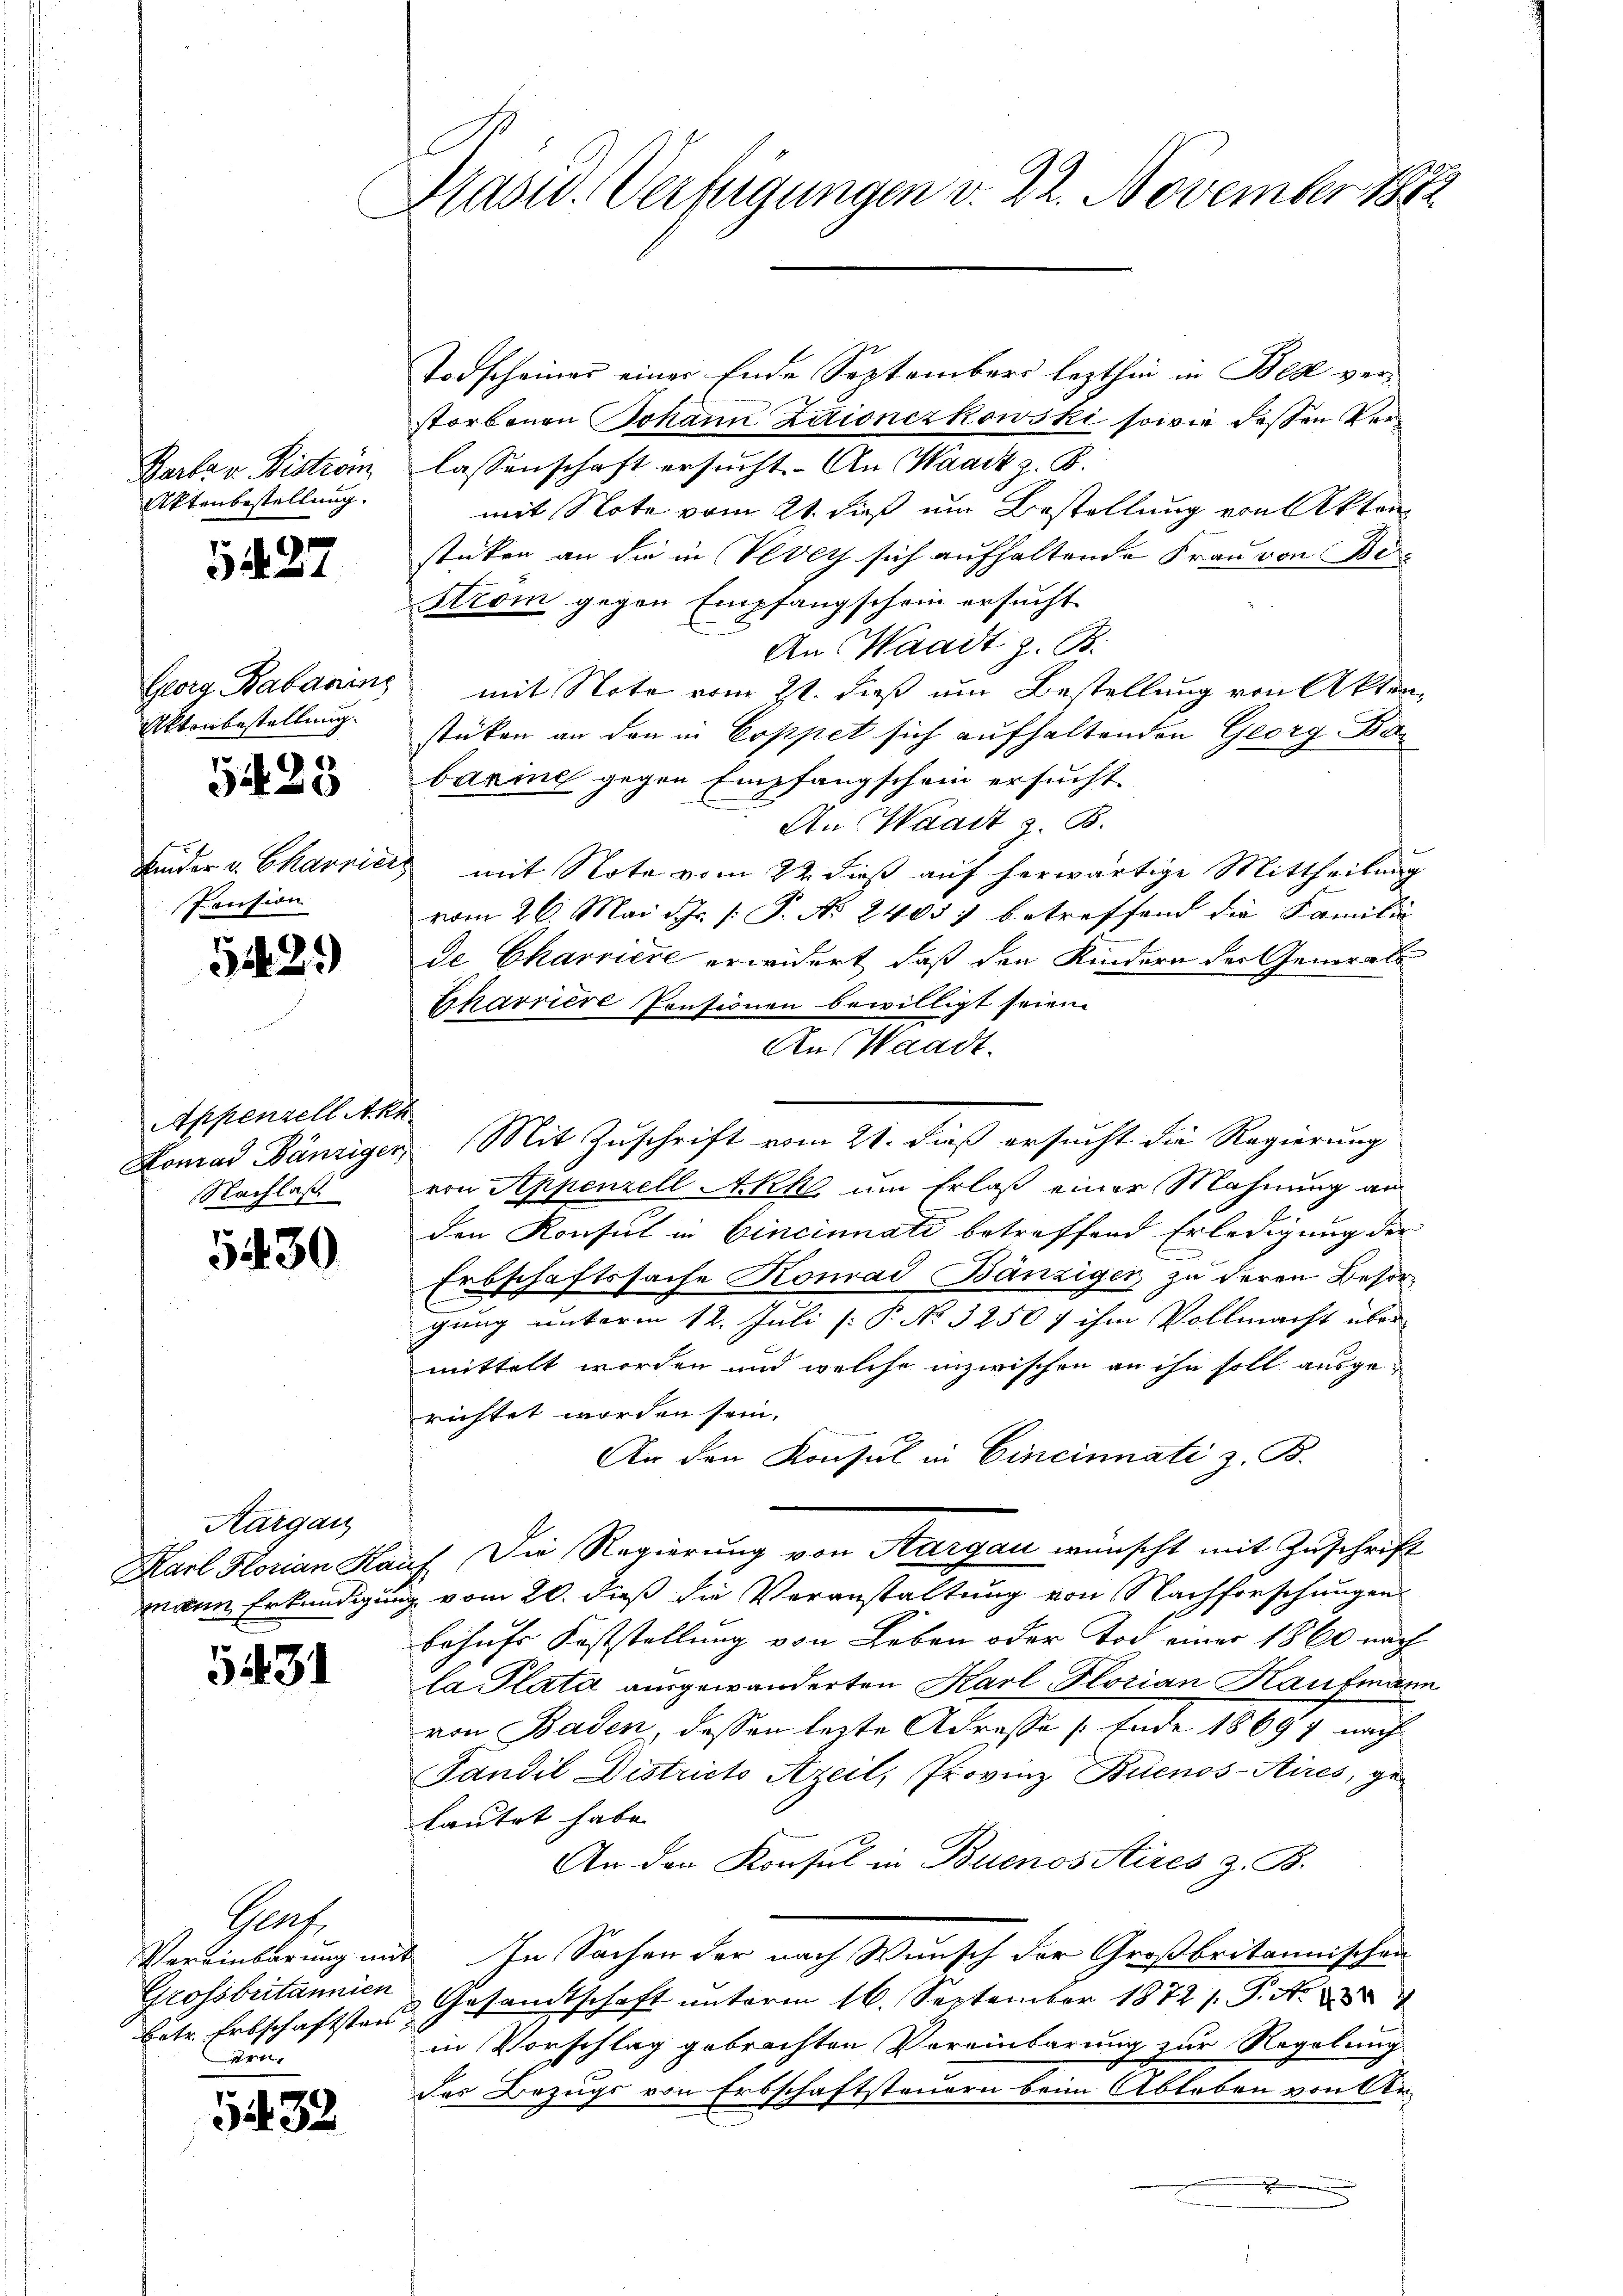
Berta u. Biström
Aktenbestellung.

Georg Babarin
Aktenbestellung.

5

527

123

Kinder v. Charrier
Pension

5429

Appenzell Akt
Nachlaß

5430

Aargau

5431

Prof.
Grossbritannien
betr. Erbschaftsten
rn

5432

Hasw. Verfügungen v. 22. November 1882

Todscheiner einer Ende Septembers lezthin in Begl verstorbenen Johann Zaionczkowski sowie dessen Verlassenschaft ersucht. An Waadt z. B.
mit Note vom 21. dieß um Bestellung von Akten
stüken an die in Vevey sich aufhaltende Frau von Be¬
Strom gegen Empfangschein ersucht
An Waadt z. B.
mit Note vom 21. dieß um Bestellung von Aktenstüken an den in Coppet sich aufhaltenden Georg Bar
bazine gegen Empfangschein ersucht
An Waadt z. B.
 mit Note vom 22. dieß auf herwärtige Mittheilung
.
vom 26. Mai d. Js. /: J. No 2405) betreffend die Familie
de Charriere erwidert, daß den Kindern der Generals
Eharriere Pensionen bewilligt seien.
An Waadt.
Lomad Bänziger Mit Zuschrift vom 21. dieß ersucht die Regierung
von Appenzell Akk um Erlaß einer Mahnung an
den Konsist in Cincinnati betreffend Erledigung der
Erbschaftssache Konrad Bänzigen, zu deren Besorgung unterm 12. Juli [: P. No 32507 ihm Vollmacht über
mittelt werden und welche inzwischen an ihn soll ausgerichtet worden sein.
An den Konsul in Cincinnati z. B.
Karl Horian Kauf Die Regierung von Aargau wünscht mit Zuschrift
mann Erkundigung vom 20. dieß die Veranstaltung von Nachforschungen
behufs Feststellung von Leben oder Tod einer 1860 nach
la Plata ausgewanderten Karl Florian Kaufmann
von Baden, dassen lezte Adroße (Ende 18697 nach
Tandil Districto Azeil, Provinz Buenos-Aires, getautet habe.
An den Konsul in Buenos Aires z. B.
Vereinbarung mit In Sachen der nach Wunsch der Großbritannischen
Gesandtschaft unterm 16. September 1872 s. S. Ao 187
in Vorschlag gebrachten Vereinbarung zur Regelung
des Bezugs von Erbschaftsteuern beim Ableben von An¬
.